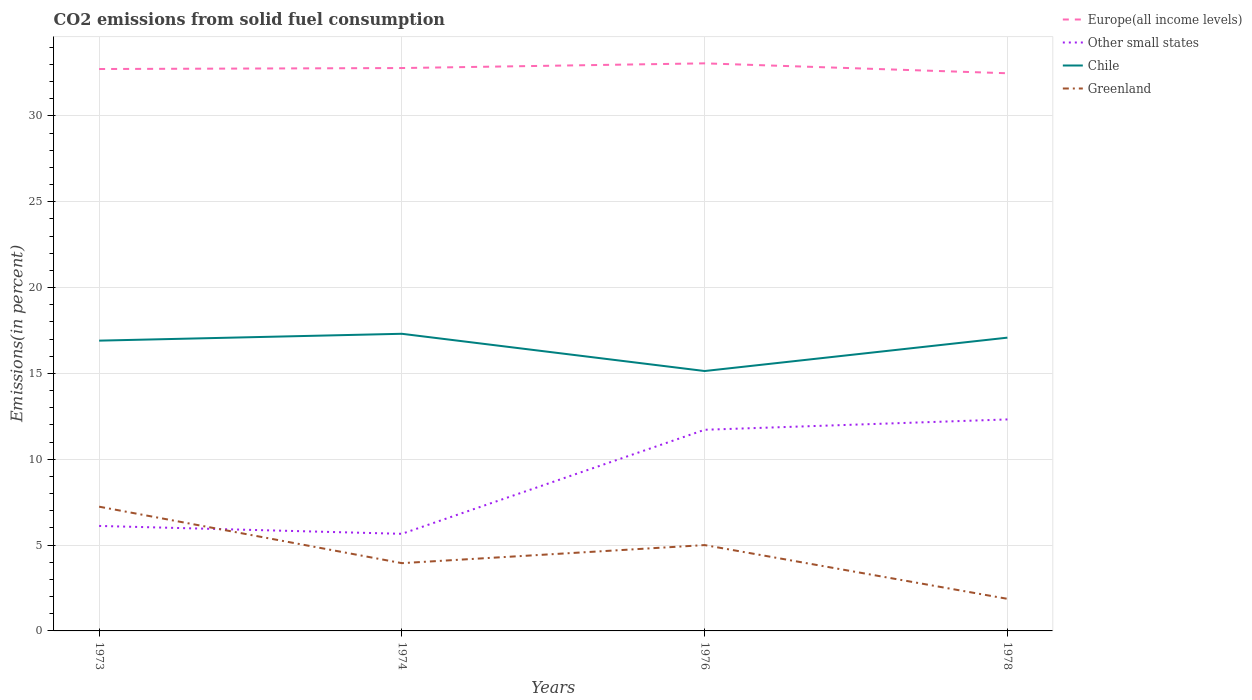
| Years | Europe(all income levels) | Other small states | Chile | Greenland |
 | --- | --- | --- | --- | --- |
 | 1973 | 32.7 | 6.11 | 16.9 | 7.24 |
 | 1974 | 32.8 | 5.66 | 17.3 | 3.95 |
 | 1976 | 33.1 | 11.7 | 15.1 | 5 |
 | 1978 | 32.5 | 12.3 | 17.1 | 1.87 |